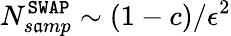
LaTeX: N_{s\mathfrak{a}mp}^{\mathtt{{SWAP}}}\sim(1-c)/\epsilon^{2}